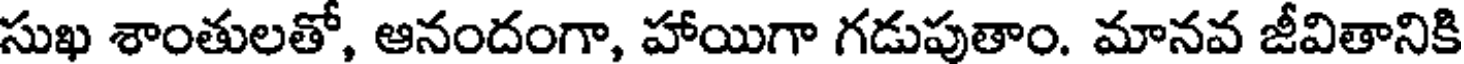
సుఖ శాంతులతో, ఆనందంగా, హాయిగా గడుపుతాం. మానవ జీవితానికి